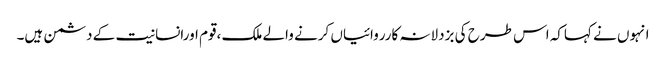
انہوں نے کہاکہ اس طرح کی بزدلانہ کارروائیاں کرنے والے ملک ،قوم اورانسانیت کے دشمن ہیں۔